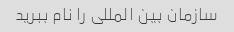
سازمان بین المللی را نام ببرید